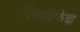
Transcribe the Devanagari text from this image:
दिनदर्शिकेचा